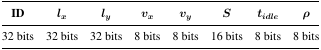
| ID | lx | ly | vx | vy | S | tidle | ρ |
 | --- | --- | --- | --- | --- | --- | --- | --- |
 | 32 bits | 32 bits | 32 bits | 8 bits | 8 bits | 16 bits | 8 bits | 8 bits |